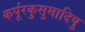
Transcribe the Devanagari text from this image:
कर्पूरकुसुमादिषु